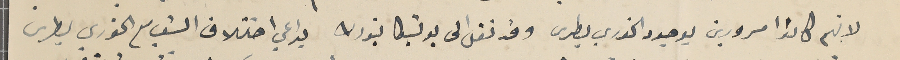
لانهم كانو مسرورين بوجود الخوري بطرس وقد نقل الى يوتيكا نيورك بداعي اختلاف الشعب مع الخوري بطرس